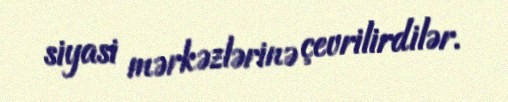
siyasi mərkəzlərinə çevrilirdilər.